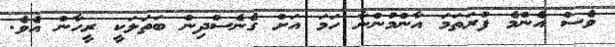
ވެސް އެންމެ ފުރަތަމަ އާންމުންނާ ހަމަ އަށް ގެނެސްދިން ބަތަލަކީ ރީހާން އެވެ.